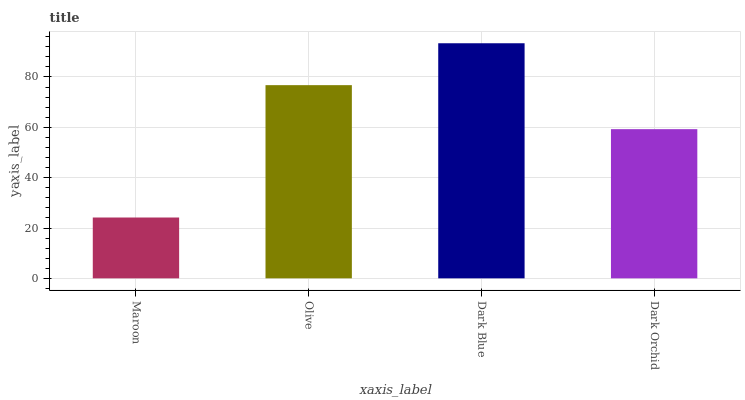
| xaxis_label | bars |
 | --- | --- |
 | Maroon | 24.2 |
 | Olive | 76.8 |
 | Dark Blue | 93.4 |
 | Dark Orchid | 59.3 |